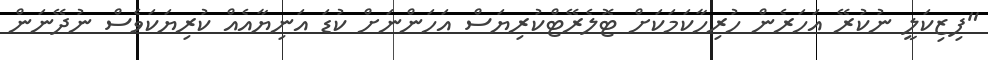
"ފިޒިކަލީ ނުކުރޭ އަހަރެން ހުރިހާކަމަކަށް ޓޮލެރޭޓްކުރިޔަސް އަހަންނަށް ކުޑަ އަނިޔާއެއް ކުރިޔަކަވެސް ނުދޭނަން